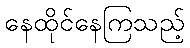
နေထိုင်နေကြသည့်